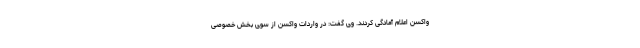
واکسن اعلام آمادگی کردند. وی گفت: در واردات واکسن از سوی بخش خصوصی